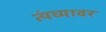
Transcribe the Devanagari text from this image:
त्यंच्यावर